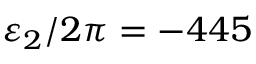
\varepsilon _ { 2 } / 2 \pi = - 4 4 5